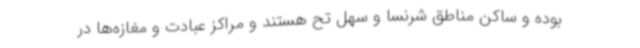
بوده و ساکن مناطق شرنسا و سهل تح هستند و مراکز عبادت و مغازه‌ها در